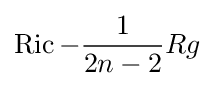
\operatorname {Ric} -{\frac {1}{2n-2}}Rg